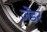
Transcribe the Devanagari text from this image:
ज़ेंडर